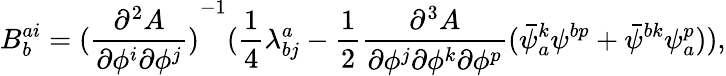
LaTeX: B_{b}^{ai}={(\frac{\partial^{2}A}{\partial\phi^{i}\partial\phi^{j}})}^{-1}(\frac{1}{4}\lambda_{bj}^{a}-\frac{1}{2}\frac{\partial^{3}A}{\partial\phi^{j}\partial\phi^{k}\partial\phi^{p}}(\bar{\psi}_{a}^{k}\psi^{bp}+\bar{\psi}^{bk}\psi_{a}^{p})),